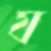
য